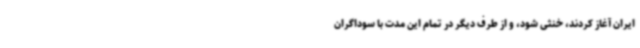
ایران آغاز کردند، خنثی شود، و از طرف دیگر در تمام این مدت با سوداگران